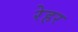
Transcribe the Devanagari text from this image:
रेहर